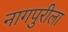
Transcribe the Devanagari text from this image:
नागपुरीला